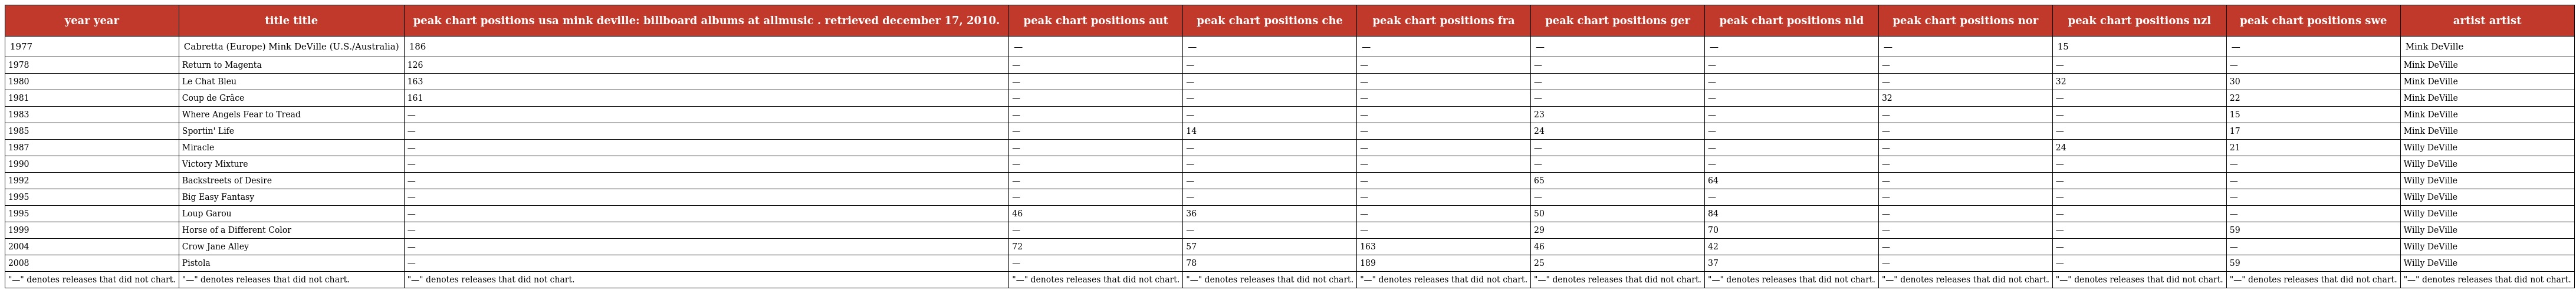
| year year | title title | peak chart positions usa mink deville: billboard albums at allmusic . retrieved december 17, 2010. | peak chart positions aut | peak chart positions che | peak chart positions fra | peak chart positions ger | peak chart positions nld | peak chart positions nor | peak chart positions nzl | peak chart positions swe | artist artist |
 | --- | --- | --- | --- | --- | --- | --- | --- | --- | --- | --- | --- |
 | 1977 | Cabretta (Europe) Mink DeVille (U.S./Australia) | 186 | — | — | — | — | — | — | 15 | — | Mink DeVille |
 | 1978 | Return to Magenta | 126 | — | — | — | — | — | — | — | — | Mink DeVille |
 | 1980 | Le Chat Bleu | 163 | — | — | — | — | — | — | 32 | 30 | Mink DeVille |
 | 1981 | Coup de Grâce | 161 | — | — | — | — | — | 32 | — | 22 | Mink DeVille |
 | 1983 | Where Angels Fear to Tread | — | — | — | — | 23 | — | — | — | 15 | Mink DeVille |
 | 1985 | Sportin' Life | — | — | 14 | — | 24 | — | — | — | 17 | Mink DeVille |
 | 1987 | Miracle | — | — | — | — | — | — | — | 24 | 21 | Willy DeVille |
 | 1990 | Victory Mixture | — | — | — | — | — | — | — | — | — | Willy DeVille |
 | 1992 | Backstreets of Desire | — | — | — | — | 65 | 64 | — | — | — | Willy DeVille |
 | 1995 | Big Easy Fantasy | — | — | — | — | — | — | — | — | — | Willy DeVille |
 | 1995 | Loup Garou | — | 46 | 36 | — | 50 | 84 | — | — | — | Willy DeVille |
 | 1999 | Horse of a Different Color | — | — | — | — | 29 | 70 | — | — | 59 | Willy DeVille |
 | 2004 | Crow Jane Alley | — | 72 | 57 | 163 | 46 | 42 | — | — | — | Willy DeVille |
 | 2008 | Pistola | — | — | 78 | 189 | 25 | 37 | — | — | 59 | Willy DeVille |
 | "—" denotes releases that did not chart. | "—" denotes releases that did not chart. | "—" denotes releases that did not chart. | "—" denotes releases that did not chart. | "—" denotes releases that did not chart. | "—" denotes releases that did not chart. | "—" denotes releases that did not chart. | "—" denotes releases that did not chart. | "—" denotes releases that did not chart. | "—" denotes releases that did not chart. | "—" denotes releases that did not chart. | "—" denotes releases that did not chart. |